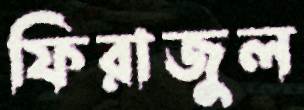
ফিরাজুল